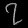
Digit: ၇